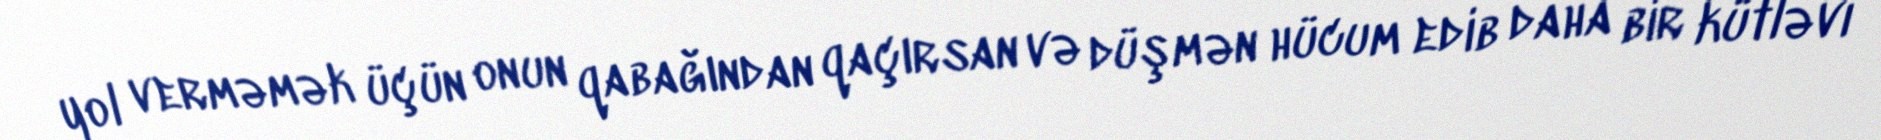
yol verməmək üçün onun qabağından qaçırsan və düşmən hücum edib daha bir kütləvi